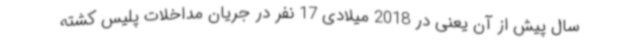
سال پیش از آن یعنی در 2018 میلادی 17 نفر در جریان مداخلات پلیس کشته